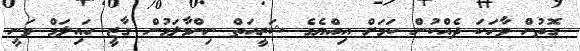
ގޮތުން ވާހަކަ ދެއްކުން ކަމަށް އިއްޔެގެ ޝަރީއަތް ނިންމާލަމުން ގާޒީ ހައިލަމް ވަނީ